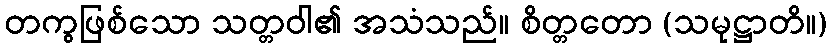
တကွဖြစ်သော သတ္တဝါ၏ အသံသည်။ စိတ္တတော (သမုဋ္ဌာတိ။)